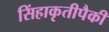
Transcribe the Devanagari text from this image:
सिंहाकृतीपैकी